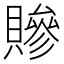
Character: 贂